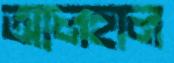
আলহাল